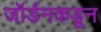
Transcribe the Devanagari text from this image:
जॉर्डनकडून